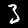
Label: 3